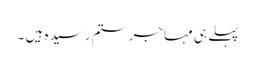
پہلے ہی مہاجر ستم رسیدہ ہیں ۔